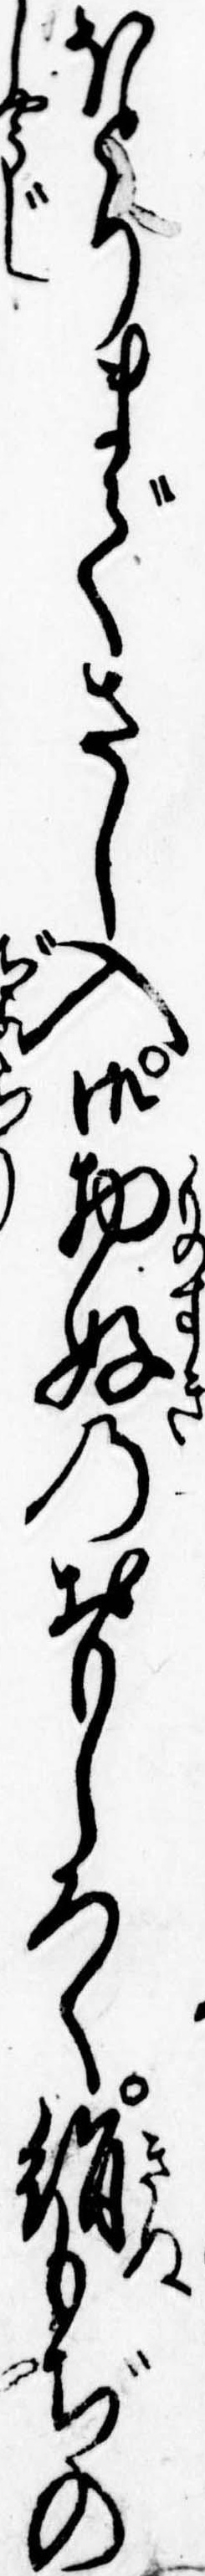
ほとりまでさし入御物好のおもしろく絹もぢの